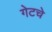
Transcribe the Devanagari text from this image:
गेटचे